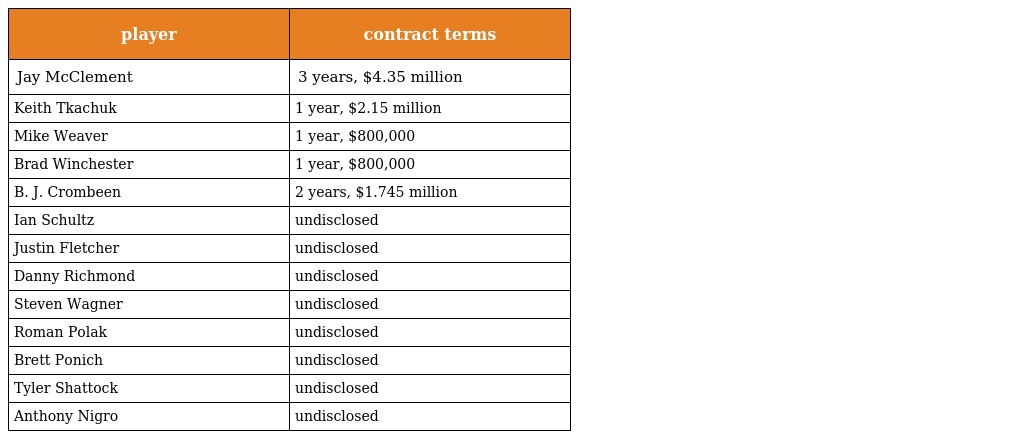
| player | contract terms |
 | --- | --- |
 | Jay McClement | 3 years, $4.35 million |
 | Keith Tkachuk | 1 year, $2.15 million |
 | Mike Weaver | 1 year, $800,000 |
 | Brad Winchester | 1 year, $800,000 |
 | B. J. Crombeen | 2 years, $1.745 million |
 | Ian Schultz | undisclosed |
 | Justin Fletcher | undisclosed |
 | Danny Richmond | undisclosed |
 | Steven Wagner | undisclosed |
 | Roman Polak | undisclosed |
 | Brett Ponich | undisclosed |
 | Tyler Shattock | undisclosed |
 | Anthony Nigro | undisclosed |